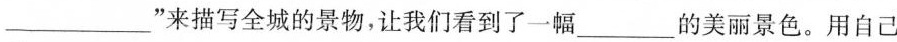
___”来描写全城的景物，让我们看到了一幅___的美丽景色。用自己